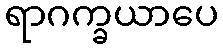
ရာဂက္ခယာပေ